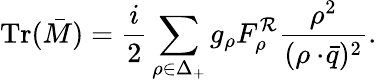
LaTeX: \mathrm{Tr}(\bar{M})={\frac{i}{2}}\sum_{\rho\in\Delta_{+}}g_{\rho}F_{\rho}^{\cal R}{\frac{\rho^{2}}{(\rho\cdot\! \bar{q})^{2}}}.